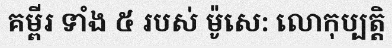
គម្ពីរ ទាំង ៥ របស់ ម៉ូសេ: លោកុប្បត្តិ